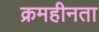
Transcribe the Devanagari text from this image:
क्रमहीनता